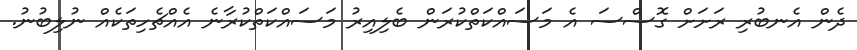
ދެން އެނބުރި ރަށަށް ގޮސްސަ އެ މަސައްކަތްކުރަން ބެލިއިރު މަސައްކަތްކުރާނެ އެއްޗެހިތަކެއް ނުލިބުނު.